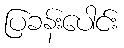
ပြခန်းပေါင်း